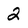
Character: 2